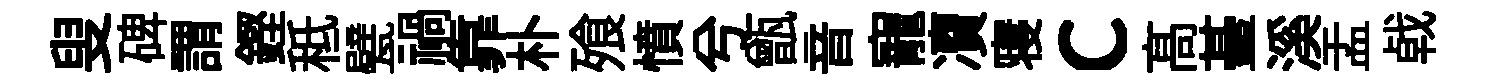
叟碑謂鏗秪甓禍靠朴飱憤兮甑音寵凟寝c髙䑓溪盂㦸